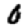
Digit: 0